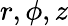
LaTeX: r,\phi,z